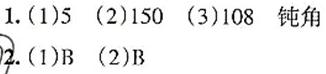
1. (1)5  (2)150  (3)108  钝角
2. (1)B  (2)B